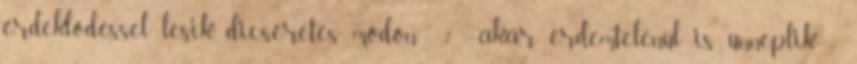
érdeklődéssel lesik, dicséretes módon ? akár érdemtelenül is ünneplik: -